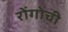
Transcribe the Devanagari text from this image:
रोंगोची